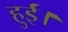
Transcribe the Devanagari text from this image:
हुर्ईं।